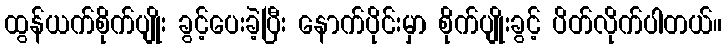
ထွန်ယက်စိုက်ပျိုး ခွင့်ပေးခဲ့ပြီး နောက်ပိုင်းမှာ စိုက်ပျိုးခွင့် ပိတ်လိုက်ပါတယ်။